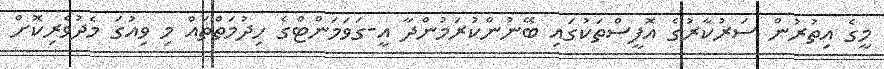
މީގެ އިތުރުން ސަރުކާރުގެ އޮފީސްތަކުގައި ބޭނުންކުރަމުންދާ އީ-ގަވަމަންޓްގެ ހިދުމަތްތައް މި ވިއުގަ މެދުވެރިކޮށް